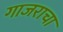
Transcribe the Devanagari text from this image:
गाजराचा